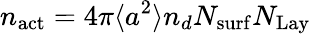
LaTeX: n_{\mathrm{{act}}}=4\pi\langle a^{2}\rangle n_{d}N_{\mathrm{{surf}}}N_{\mathrm{{Lay}}}